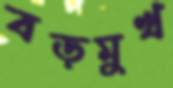
বড়মুখ